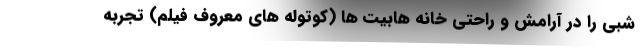
شبی را در آرامش و راحتی خانه هابیت ها (کوتوله های معروف فیلم) تجربه